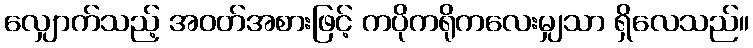
လျှောက်သည့် အဝတ်အစားဖြင့် ကပိုကရိုကလေးမျှသာ ရှိလေသည်။